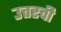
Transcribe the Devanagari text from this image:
उत्तरची